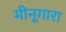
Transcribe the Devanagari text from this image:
मीनूगारा